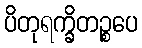
ပိတုရက္ခိတဉ္စပေ